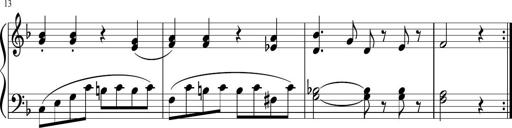
Title: 3 Sonatinen
Composer: Heinrich Lichner